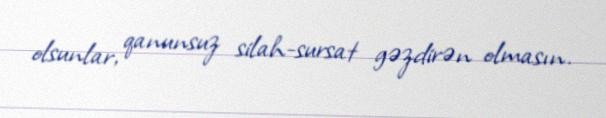
olsunlar, qanunsuz silah-sursat gəzdirən olmasın.